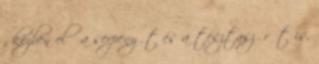
, közben elő a serpenyőt és a tésztaszűrőt is,